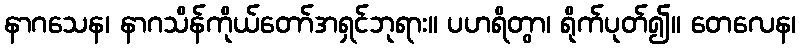
နာဂသေန၊ နာဂသိန်ကိုယ်တော်အရှင်ဘုရား။ ပဟရိတွာ၊ ရိုက်ပုတ်၍။ တေလေန၊